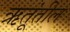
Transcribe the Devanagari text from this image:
ऋतूंतील